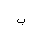
Letter: _ba